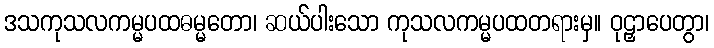
ဒသကုသလကမ္မပထဓမ္မတော၊ ဆယ်ပါးသော ကုသလကမ္မပထတရားမှ။ ဝုဠှာပေတွာ၊